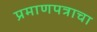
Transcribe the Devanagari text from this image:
प्रमाणपत्राचा